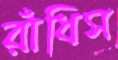
রাঁধিস